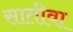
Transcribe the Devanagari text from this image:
सातीवा